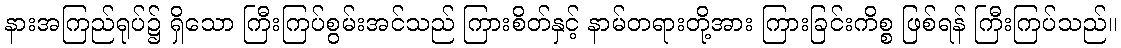
နားအကြည်ရုပ်၌ ရှိသော ကြီးကြပ်စွမ်းအင်သည် ကြားစိတ်နှင့် နာမ်တရားတို့အား ကြားခြင်းကိစ္စ ဖြစ်ရန် ကြီးကြပ်သည်။